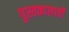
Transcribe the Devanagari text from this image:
पुस्तकालाही